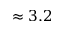
\approx 3 . 2